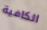
الكافية